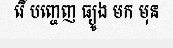
រើ បញ្ចេញ ធ្យូង មក មុន